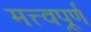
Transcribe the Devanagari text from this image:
मत्त्वपूर्र्ण